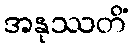
အနုဿတိံ